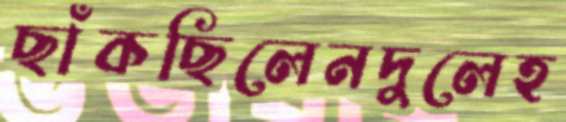
ছাঁকছিলেনদুলেহ